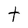
Character: t